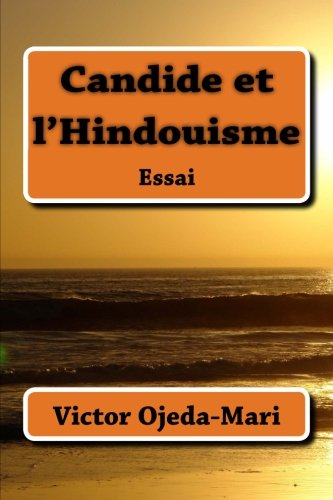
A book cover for Candide et l'Hindouisme: Essai et tÃ©moignage (French Edition); M. Victor Ojeda-Mari; Religion & Spirituality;